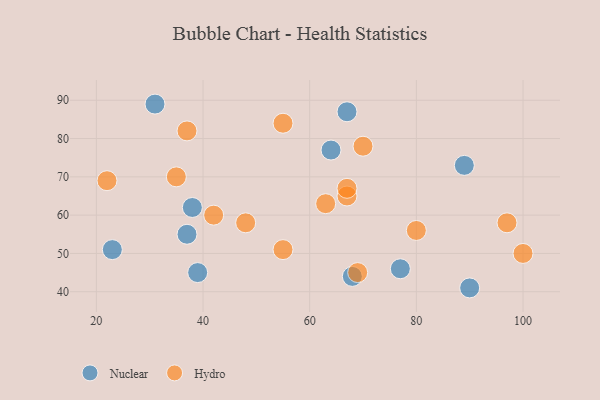
{"axis": {"x": "GDP", "y": "Life Expectancy"}, "legend": ["Hydro", "Nuclear"], "data": [{"x": "68", "y": 44, "type": "Nuclear"}, {"x": "39", "y": 45, "type": "Nuclear"}, {"x": "64", "y": 77, "type": "Nuclear"}, {"x": "67", "y": 87, "type": "Nuclear"}, {"x": "89", "y": 73, "type": "Nuclear"}, {"x": "23", "y": 51, "type": "Nuclear"}, {"x": "37", "y": 55, "type": "Nuclear"}, {"x": "90", "y": 41, "type": "Nuclear"}, {"x": "77", "y": 46, "type": "Nuclear"}, {"x": "31", "y": 89, "type": "Nuclear"}, {"x": "38", "y": 62, "type": "Nuclear"}, {"x": "35", "y": 70, "type": "Hydro"}, {"x": "55", "y": 51, "type": "Hydro"}, {"x": "42", "y": 60, "type": "Hydro"}, {"x": "48", "y": 58, "type": "Hydro"}, {"x": "63", "y": 63, "type": "Hydro"}, {"x": "100", "y": 50, "type": "Hydro"}, {"x": "69", "y": 45, "type": "Hydro"}, {"x": "67", "y": 65, "type": "Hydro"}, {"x": "97", "y": 58, "type": "Hydro"}, {"x": "37", "y": 82, "type": "Hydro"}, {"x": "67", "y": 67, "type": "Hydro"}, {"x": "22", "y": 69, "type": "Hydro"}, {"x": "55", "y": 84, "type": "Hydro"}, {"x": "80", "y": 56, "type": "Hydro"}, {"x": "70", "y": 78, "type": "Hydro"}]}